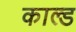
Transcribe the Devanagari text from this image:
काल्ड